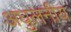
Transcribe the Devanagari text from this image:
अघुलनीय